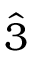
\hat { 3 }